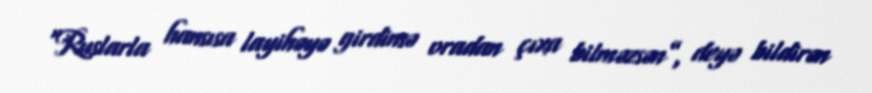
“Ruslarla hansısa layihəyə girdinsə oradan çıxa bilməzsən”, deyə bildirən